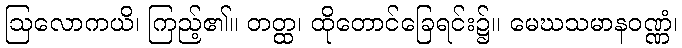
ဩလောကယိ၊ ကြည့်၏။ တတ္ထ၊ ထိုတောင်ခြေရင်း၌။ မေဃသမာနဝဏ္ဏံ၊